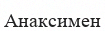
Анаксимен